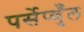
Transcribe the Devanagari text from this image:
पर्सेप्चुँल